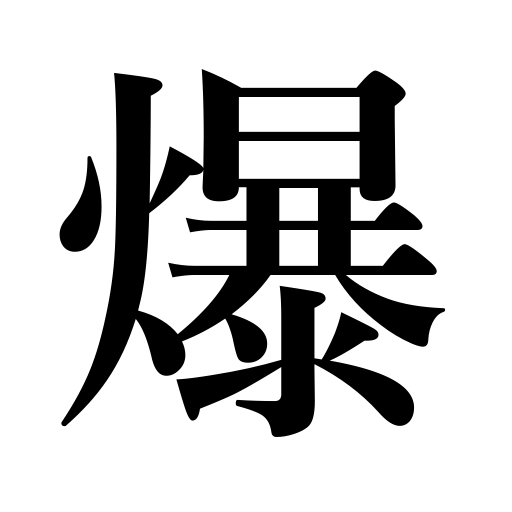
Meanings: burst open,pop,split